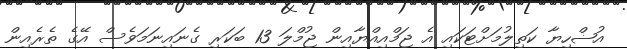
އުޟްހިޔާ ކަތިލުމަށްޓަކައި އެ ޖަމްއިއްޔާއިން ޖުމްލަ 13 ބަކަރި ގެނައިނަމަވެސް އޭގެ ތެރެއިން